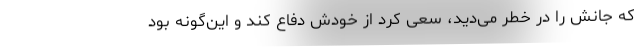
که جانش را در خطر می‌دید، سعی کرد از خودش دفاع کند و این‌گونه بود